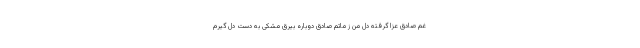
غم صادق عزا گرفته دل من ز ماتم صادق دوباره بیرق مشکى به دست دل گیرم